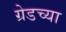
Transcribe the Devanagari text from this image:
ग्रेडच्या